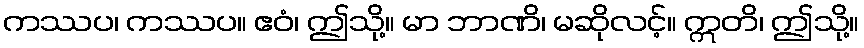
ကဿပ၊ ကဿပ။ ဧဝံ၊ ဤသို့။ မာ ဘာဏိ၊ မဆိုလင့်။ ဣတိ၊ ဤသို့။